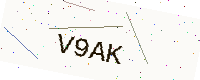
Text: V9AK